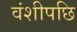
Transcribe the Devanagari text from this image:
वंशीपछि